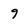
Character: 9